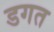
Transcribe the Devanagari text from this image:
डगत